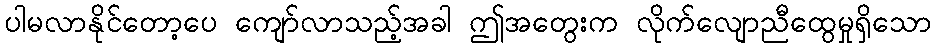
ပါမလာနိုင်တော့ပေ ကျော်လာသည့်အခါ ဤအတွေးက လိုက်လျောညီထွေမှုရှိသော